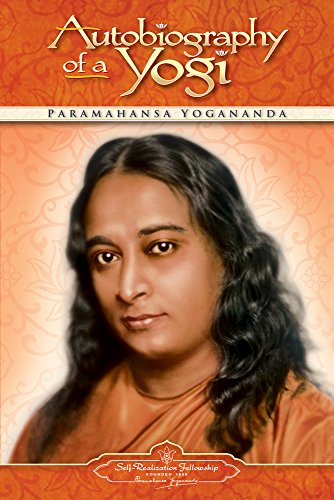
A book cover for Autobiography of a Yogi (Self-Realization Fellowship); Paramahansa Yogananda; Biographies & Memoirs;